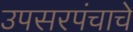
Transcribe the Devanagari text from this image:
उपसरपंचाचे